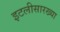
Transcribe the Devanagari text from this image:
इटलीसारख्या